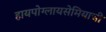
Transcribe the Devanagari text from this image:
हायपोग्लायसेमियाची